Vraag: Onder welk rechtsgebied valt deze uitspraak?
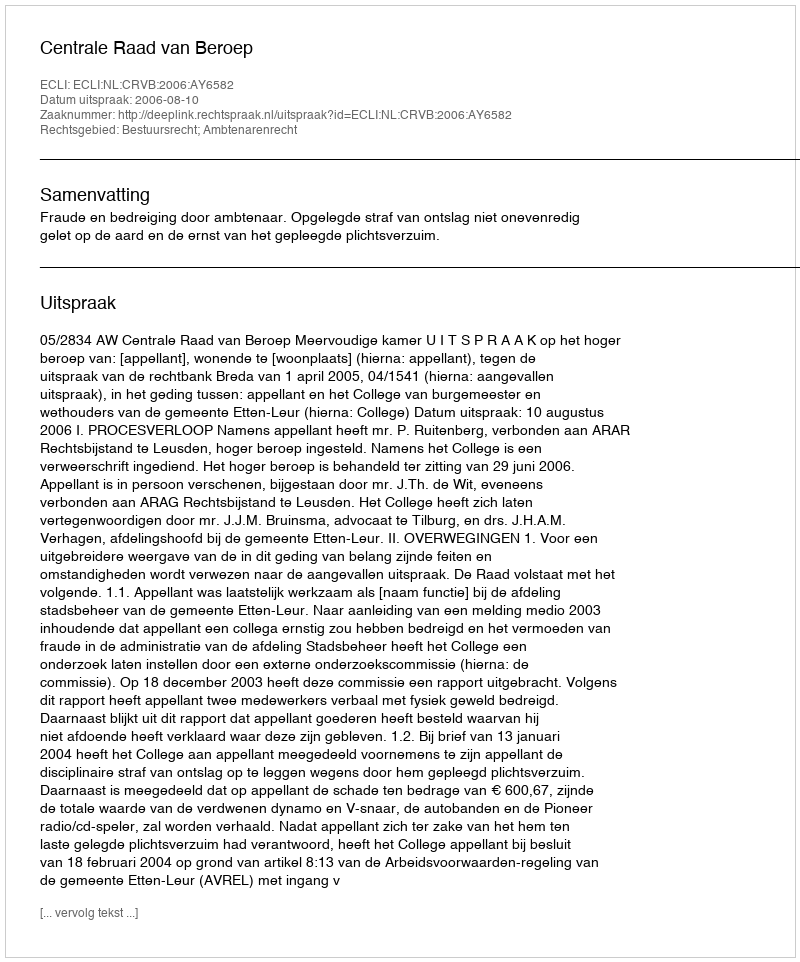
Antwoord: Bestuursrecht; Ambtenarenrecht